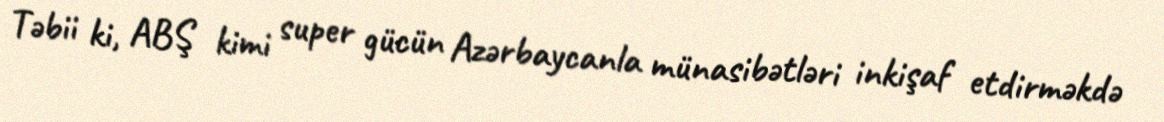
Təbii ki, ABŞ kimi super gücün Azərbaycanla münasibətləri inkişaf etdirməkdə